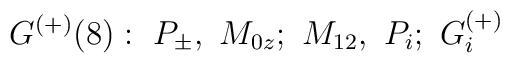
\,G^{(+)}(8):\,\,P_{\pm },\,\,M_{0z};\,\,M_{12},\,\,P_{i};\,\,G_{i}^{(+)}